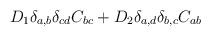
LaTeX: \begin{align*}D_1 \delta_{a,b}\delta_{cd} C_{bc}+D_2 \delta_{a,d}\delta_{b,c}C_{ab}\end{align*}